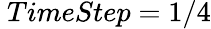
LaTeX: \ TimeStep=1/4